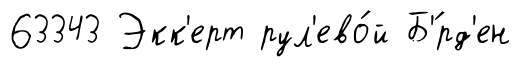
63343 Экк'ерт рул'ево́й Б'́рд'ен